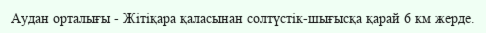
Аудан орталығы - Жітіқара қаласынан солтүстік-шығысқа қарай 6 км жерде.